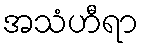
အသံဟီရာ